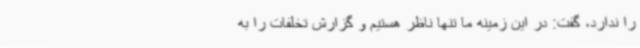
را ندارد، گفت: در این زمینه ما تنها ناظر هستیم و گزارش تخلفات را به